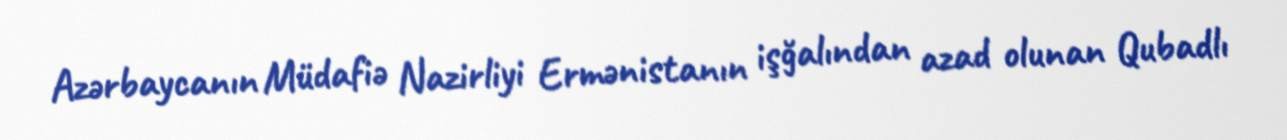
Azərbaycanın Müdafiə Nazirliyi Ermənistanın işğalından azad olunan Qubadlı